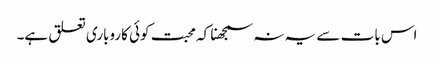
اس بات سے یہ نہ سمجھنا کہ محبت کوئی کاروباری تعلق ہے۔